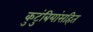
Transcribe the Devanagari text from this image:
कुटुंबियांसहित